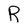
Character: R